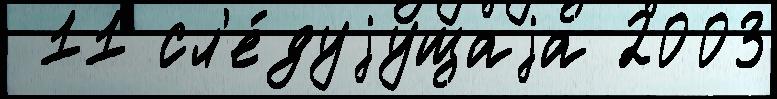
 11 сл'е́дуjущаjа 2003